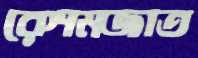
রেশমজাত